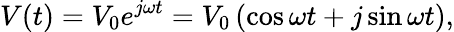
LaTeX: V(t)=V_{0}e^{j\omega t}=V_{0}\left(\cos\omega t+j\sin\omega t\right),